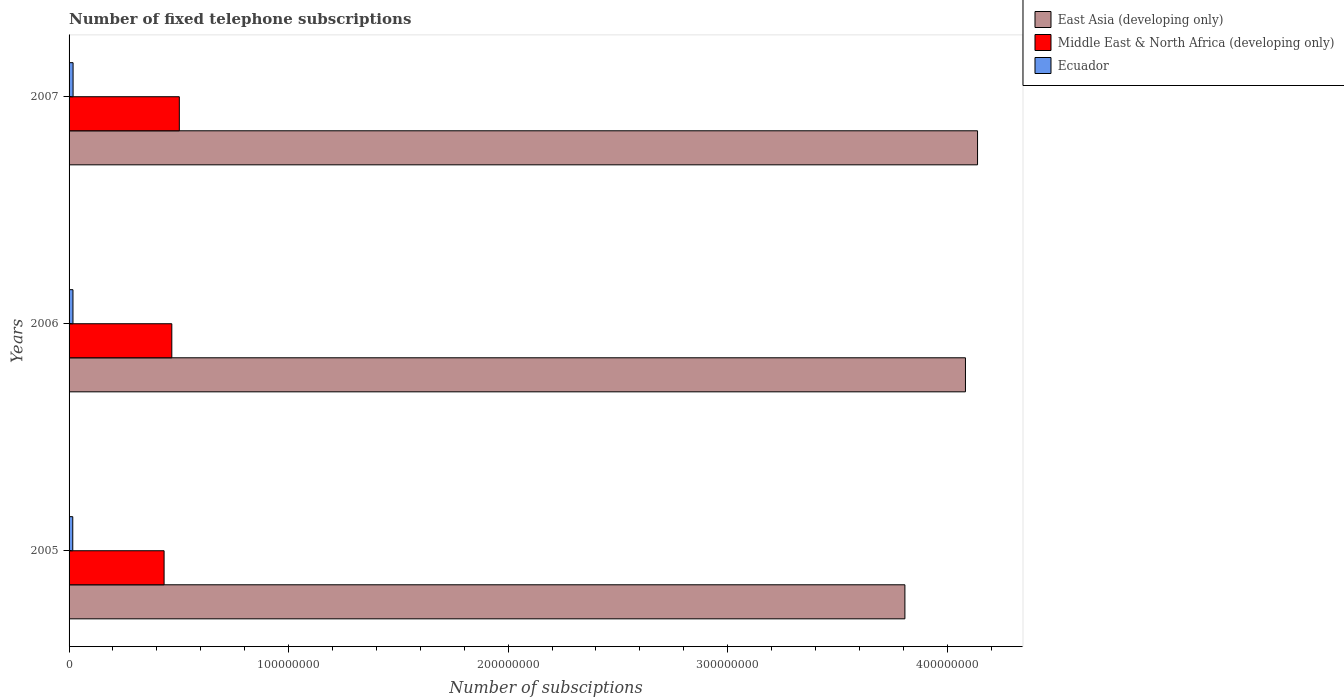
| Years | East Asia (developing only) | Middle East & North Africa (developing only) | Ecuador |
 | --- | --- | --- | --- |
 | 2005 | 3.81e+08 | 4.33e+07 | 1.68e+06 |
 | 2006 | 4.08e+08 | 4.68e+07 | 1.78e+06 |
 | 2007 | 4.14e+08 | 5.02e+07 | 1.82e+06 |